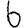
Digit: 6